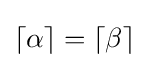
\left\lceil \alpha \right\rceil =\left\lceil \beta \right\rceil